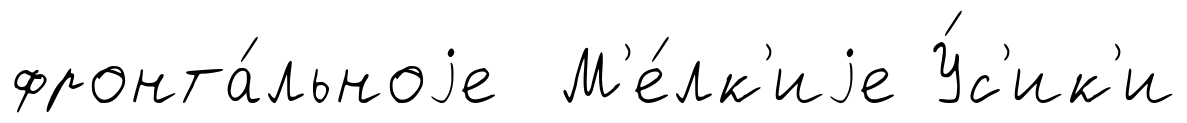
фронта́льноjе М'е́лк'иjе У́с'ик'и